Report of the Municipal Commissioner on the plague in Bombay for the year ending 31st May... - Volume 1
Disease focus: Plague
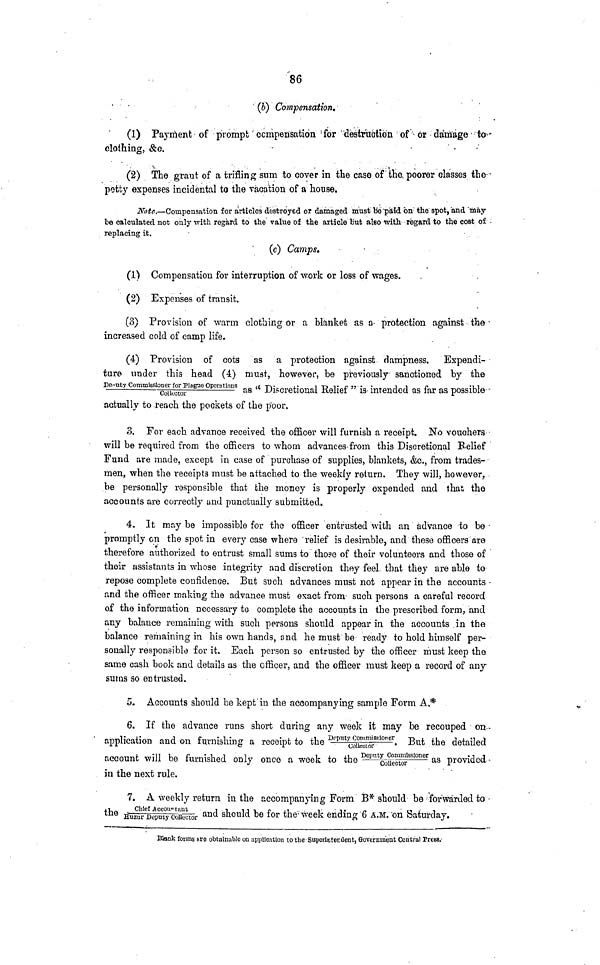
86
(6) Compensation.
(1) Payment of prompt compensation for destruction of or damage to
clothing, &c.
(2) The grant of a trifling sum to cover in the case of the poorer classes the
petty expenses incidental to the vacation of a house.
Note.—Compensation for articles destroyed or damaged must be paid on the spot, and may
be calculated not only with regard to the value of the article but also with regard to the cost of
replacing it.
(c) Camps.
(1) Compensation for interruption of work or loss of wages.
(2) Expenses of transit.
(3) Provision of warm clothing or a blanket as a protection against the
increased cold of camp life.
(4) Provision of cots as a protection against dampness. Expendi-
ture under this head (4) must, however, be previously sanctioned by the
Deputy Commissioner for Plague Operations
Collector
as " Discretional Relief is intended as far as possible
actually to reach the pockets ot tne poor.
3. For each advance received the officer will furnish a receipt. No vouchers
will be required from the officers to whom advances from this Discretional Belief
Fund are made, except in case of purchase of supplies, blankets, &c., from trades-
men, when the receipts must be attached to the weekly return. They will, however,
be personally responsible that the money is properly expended and that the
accounts are correctly and punctually submitted.
4. It may be impossible for the officer entrusted with an advance to be
promptly on the spot in every case where relief is desirable, and these officers are
therefore authorized to entrust small sums to those of their volunteers and those of
their assistants in whose integrity and discretion they feel that they are able to
repose complete confidence. But such advances must not appear in the accounts
and the officer making the advance must exact from such persons a careful record
of the information necessary to complete the accounts in the prescribed form, and
any balance remaining with such persons should appear in the accounts in the
balance remaining in his own hands, and he must be ready to hold himself per-
sonally responsible for it. Each person so entrusted by the officer must keep the
same cash book and details as the officer, and the officer must keep a record of any
sums so entrusted.
5. Accounts should be kept in the accompanying sample Form A.*
6. If the advance runs short during any week it may be recouped on
application and on furnishing a receipt to the Deputy Commissioner/Collector. But the detailed
account will be furnished only once a week to the Deputy Commi ssi oner/ Col l ect or as provided
in the next rule.
7. A weekly return in the accompanying Form B* should be forwarded to
the Chief Accountant/Huzur Deputy Collector and should be for the week ending 6 A.M. on Saturday.
Blank forms are obtainable on application to the Superintendent, Government Central Press.